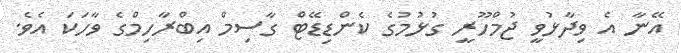
އޭނާ އެ ވިދާޅުވީ ޖުމްހޫރީ ގުޅުމުގެ ކެންޑިޑޭޓް ގާސިމް އިބްރާހިމްގެ ވާހަކަ އެވެ.